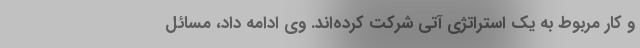
و کار مربوط به یک استراتژی آتی شرکت کرده‌اند. وی ادامه داد، مسائل